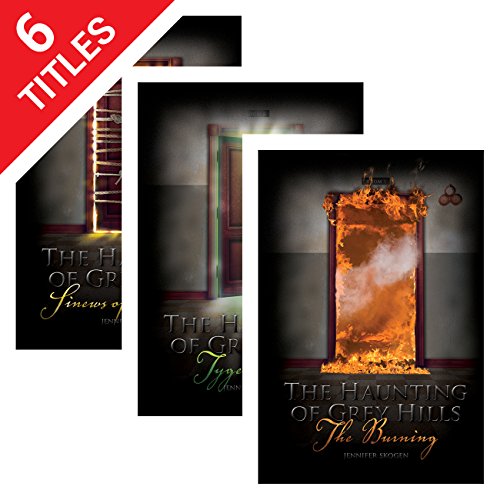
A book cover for Haunting of Grey Hills; Jennifer Skogen; Teen & Young Adult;